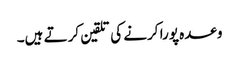
وعدہ پورا کرنے کی تلقین کرتے ہیں۔